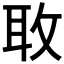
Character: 𫾬